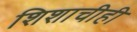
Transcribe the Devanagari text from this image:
शिशाचीही